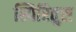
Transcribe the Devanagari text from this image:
स्पिरितुस